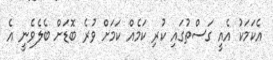
އެކަމަކު އެއީ ގަސްތުގައި ކުރި ކަމެއް ކަމަށް ވުރެ ބޮޑަށް ބެލެވެނީ އެ